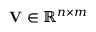
\mathbf { V } \in \mathbb { R } ^ { n \times m }